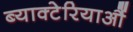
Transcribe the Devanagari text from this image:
ब्याक्टेरियाऔं